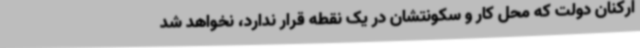
ارکنان دولت که محل کار و سکونتشان در یک نقطه قرار ندارد، نخواهد شد